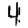
Digit: 4